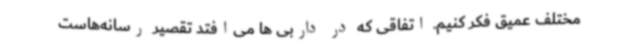
مختلف عمیق فکر کنیم. اتفاقی که در داربی ها می‌افتد تقصیر رسانه‌هاست